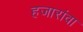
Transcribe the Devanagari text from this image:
हजारांवा